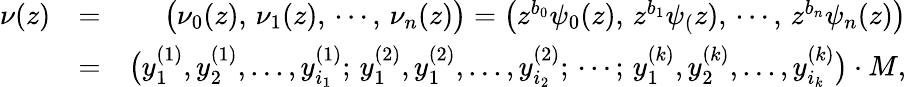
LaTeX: \begin{array}{rlr}{\nu(z)}&{=}&{\big(\nu_{0}(z),\, \nu_{1}(z),\, \cdots,\, \nu_{n}(z)\big)=\big(z^{b_{0}}\psi_{0}(z),\, z^{b_{1}}\psi_{(}z),\, \cdots,\, z^{b_{n}}\psi_{n}(z)\big)}\\ &{=}&{\big(y_{1}^{(1)},y_{2}^{(1)},...,y_{i_{1}}^{(1)};\, y_{1}^{(2)},y_{1}^{(2)},...,y_{i_{2}}^{(2)};\, \cdots;\, y_{1}^{(k)},y_{2}^{(k)},...,y_{i_{k}}^{(k)}\big)\cdot M,}\end{array}